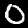
Digit: 0